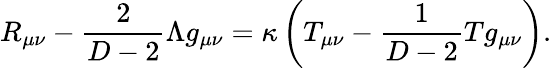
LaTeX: R_{\mu\nu}-{\frac{2}{D-2}}\Lambda g_{\mu\nu}=\kappa\left(T_{\mu\nu}-{\frac{1}{D-2}}Tg_{\mu\nu}\right).